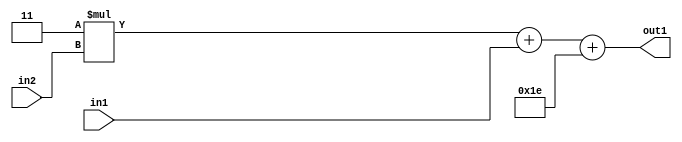
`timescale 1ps / 1ps
/*****************************************************************************
    Verilog RTL Description
    
    
    Created by: Stratus DpOpt 21.05.01 
*******************************************************************************/

module SobelFilter_Add2i30Add2u2Mul2i3u2_4 (
	in2,
	in1,
	out1
	); /* architecture "behavioural" */ 
input [1:0] in2,
	in1;
output [5:0] out1;
wire [5:0] asc001;
wire [4:0] asc003;

wire [4:0] asc003_tmp_0;
assign asc003_tmp_0 = 
	+(5'B00011 * in2);
assign asc003 = asc003_tmp_0
	+(in1);

assign asc001 = 
	+(asc003)
	+(6'B011110);

assign out1 = asc001;
endmodule

/* CADENCE  uLT4Tw0= : u9/ySxbfrwZIxEzHVQQV8Q== ** DO NOT EDIT THIS LINE ******/